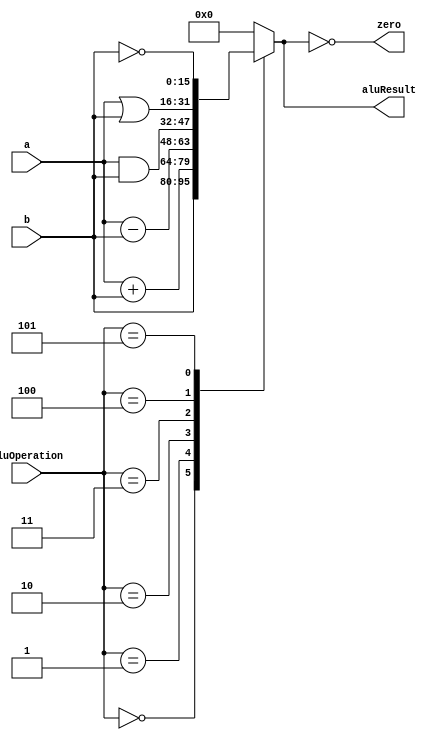
`timescale 1ns/1ns
module ALU(input [15: 0] a, b, input[2: 0] aluOperation, output reg [15: 0] aluResult, output zero);
  
  assign zero = (aluResult == 0);
  
  always @(*) begin
    aluResult = 16'b0;
    
    case(aluOperation)
      3'b000: aluResult = b;
      3'b001: aluResult = a + b;
      3'b010: aluResult = a - b;
      3'b011: aluResult = a & b;
      3'b100: aluResult = a | b;
      3'b101: aluResult = ~b;
      default: aluResult = 16'b0;
    endcase
    
  end
  
endmodule